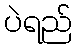
ပဲရည်